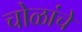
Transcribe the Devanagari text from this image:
चोळांचे